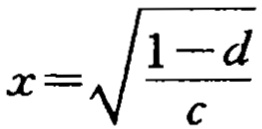
\(x = \sqrt{\frac{1 - d}{c}}\)